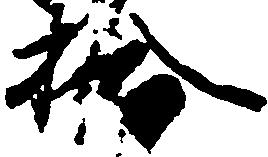
拾